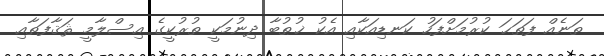
ތަނެއް ފަތަޙަ ކުރުމަށްފަހު ކަނޑިއަކާއި އެކު ޚުޠުބާ ދިނުމަކީ ތުރުކީގެ އިސްލާމީ ޘަޤާފަތާއި